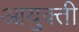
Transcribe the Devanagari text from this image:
आयुक्ती